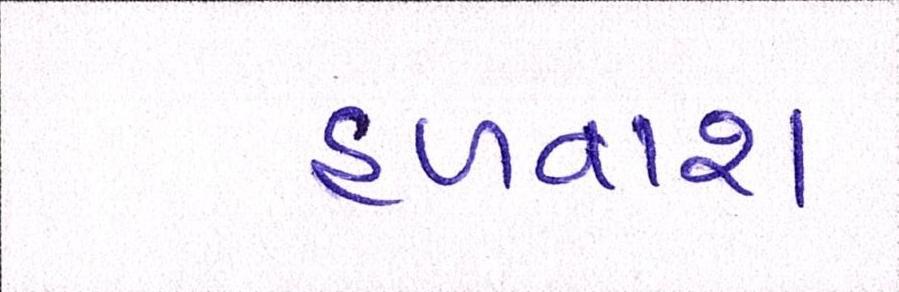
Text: હળવાશ